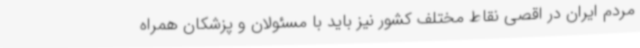
مردم ایران در اقصی نقاط مختلف کشور نیز باید با مسئولان و پزشکان همراه